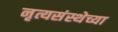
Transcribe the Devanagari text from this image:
नृत्यसंस्थेच्या